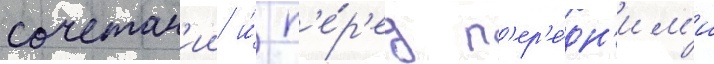
сочетан'ии и́ п'е́р'ед п'ер'е́дн'им'и